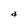
Character: a